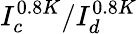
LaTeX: I_{c}^{0.8K}/I_{d}^{0.8K}